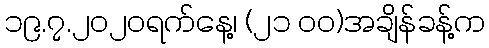
၁၉.၇.၂၀၂၀ရက်နေ့၊ (၂၁ ၀၀)အချိန်ခန့်က